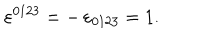
\varepsilon ^ { 0 1 2 3 } = - \, \varepsilon _ { 0 1 2 3 } = 1 .